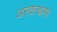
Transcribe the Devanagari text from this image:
अस्वत्थामा